画像に写った文字を読んでください
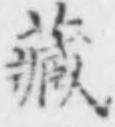
「藏」と書いてあります